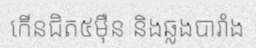
កើនជិត៥ម៉ឺន និងឆ្លងបារាំង